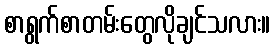
စာရွက်စာတမ်းတွေလိုချင်သလား။